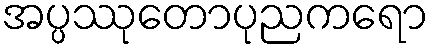
အပ္ပဿုတောပုညကရော